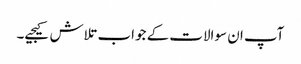
آپ ان سوالات کے جواب تلاش کیجیے۔